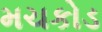
મચકોડ